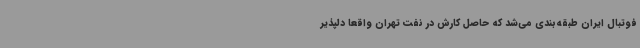
فوتبال ایران طبقه‌بندی می‌شد که حاصل کارش در نفت تهران واقعا دلپذیر